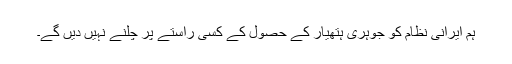
ہم ایرانی نظام کو جوہری ہتھیار کے حصول کے کسی راستے پر چلنے نہیں دیں گے۔